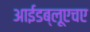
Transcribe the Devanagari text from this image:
आईडब्लूएचए